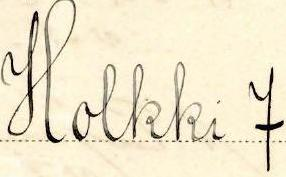
Holkki 7